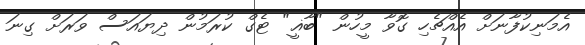
އެމަނިކުފާނަށް އެއްޗެހި ގޮވާ މީހުން "ބާޣީ" ޓެގް ކުރަމުން ދިޔައަސް ވަރަށް ގިނަ